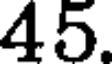
45.